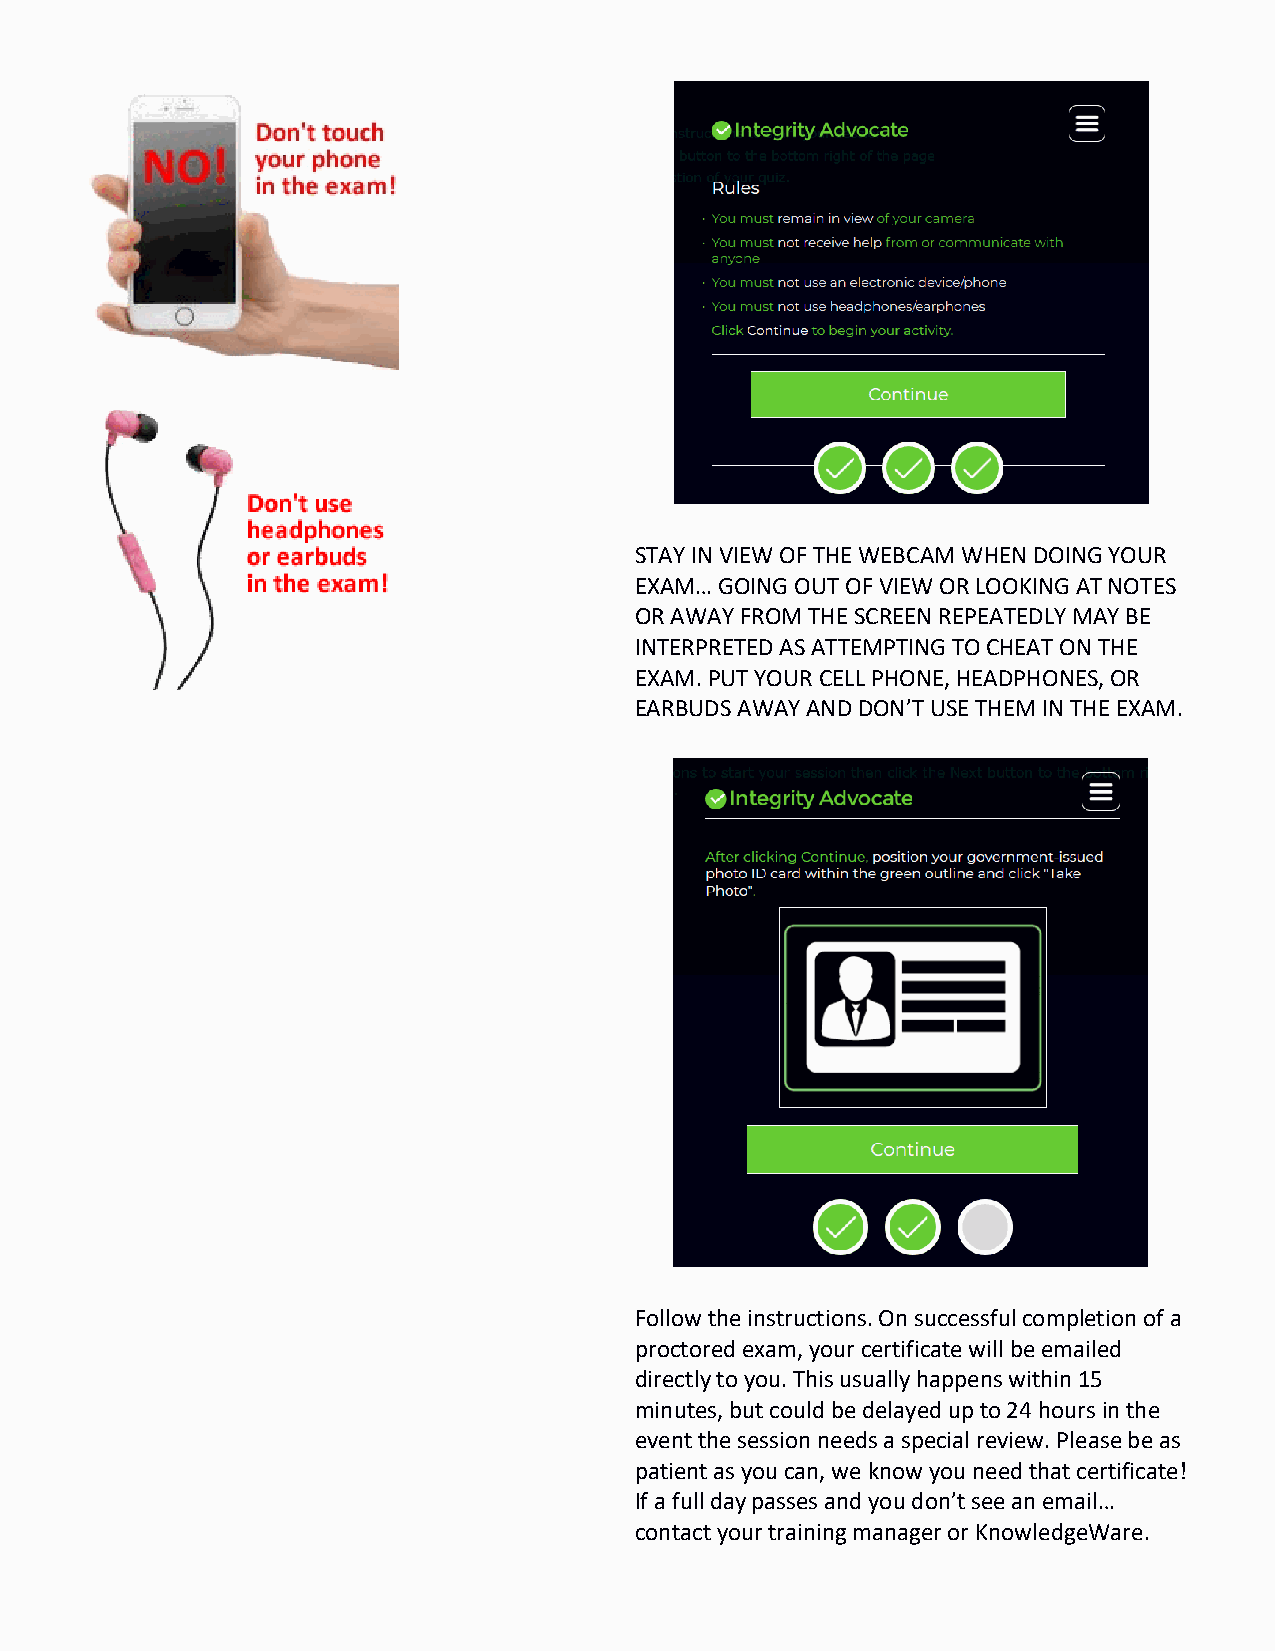
STAY IN VIEW OF THE WEBCAM WHEN DOING YOUR
 EXAM… GOING OUT OF VIEW OR LOOKING AT NOTES
 OR AWAY FROM THE SCREEN REPEATEDLY MAY BE
 INTERPRETED AS ATTEMPTING TO CHEAT ON THE
 EXAM. PUT YOUR CELL PHONE, HEADPHONES, OR
 EARBUDS AWAY AND DON’T USE THEM IN THE EXAM.
 Follow the instructions. On successful completion of a
 proctored exam, your certificate will be emailed
 directly to you. This usually happens within 15
 minutes, but could be delayed up to 24 hours in the
 event the session needs a special review. Please be as
 patient as you can, we know you need that certificate!
 If a full day passes and you don’t see an email…
 contact your training manager or KnowledgeWare.